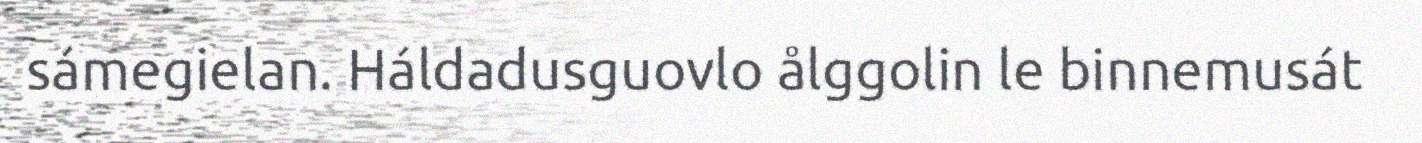
sámegielan. Háldadusguovlo ålggolin le binnemusát